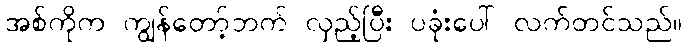
အစ်ကိုက ကျွန်တော့်ဘက် လှည့်ပြီး ပခုံးပေါ် လက်တင်သည်။